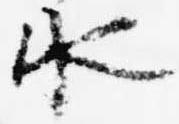
水